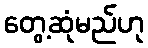
တွေ့ဆုံမည်ဟု